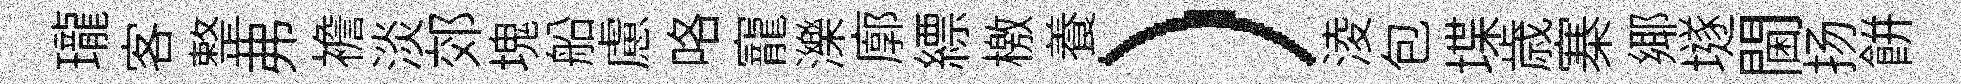
瓏客整弗襜淡郊塊船慮咯寵濼廓縹檄養）淩包堞歳寨鄊𡑞閫扬餅